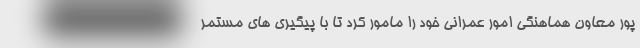
پور معاون هماهنگی امور عمرانی خود را مامور کرد تا با پیگیری های مستمر